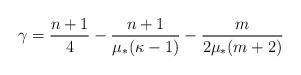
LaTeX: \begin{align*}\gamma=\frac {n+1} 4 -\frac{n+1}{\mu_\ast (\kappa-1)}-\frac m {2 \mu_\ast (m+2)}\end{align*}